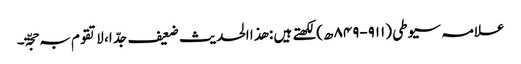
علامہ سیوطی (۹۱۱-۸۴۹ھ)لکھتے ہیں : ھذا الحدیث ضعیف جدّ ا، لاتقوم بہ حجّۃ۔